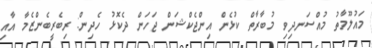
މައުލޫމާތު މުއްސަނދިވި މުބާރާތް ކުޅެން އިންޖެކްޝަން ޖަހަން ދެކޮޅު ހެދިން: ރިބެރީބެންޒެމާ އާއި